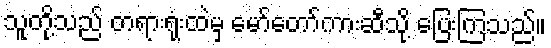
သူတို့သည် တရားရုံးထဲမှ မော်တော်ကားဆီသို့ ပြေးကြသည်။